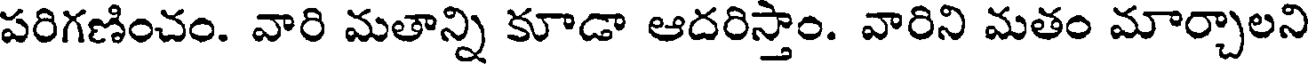
పరిగణించం. వారి మతాన్ని కూడా ఆదరిస్తాం. వారిని మతం మార్చాలని